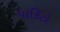
પાકિટો